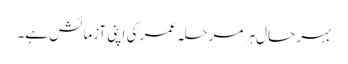
بہر حال ہر مرحلہ عمر کی اپنی آزمائش ہے۔